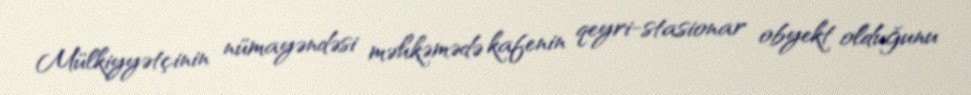
Mülkiyyətçinin nümayəndəsi məhkəmədə kafenin qeyri-stasionar obyekt olduğunu